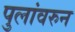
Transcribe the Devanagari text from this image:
पुलांवरुन